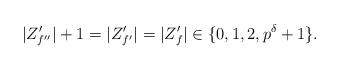
LaTeX: \begin{align*}|Z'_{f''}|+1 = |Z'_{f'}| = |Z'_f| \in \{ 0, 1, 2, p^\delta + 1\}.\end{align*}